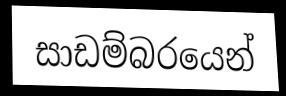
සාඩම්බරයෙන්